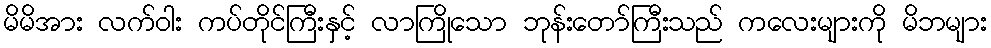
မိမိအား လက်ဝါး ကပ်တိုင်ကြီးနှင့် လာကြိုသော ဘုန်းတော်ကြီးသည် ကလေးများကို မိဘများ